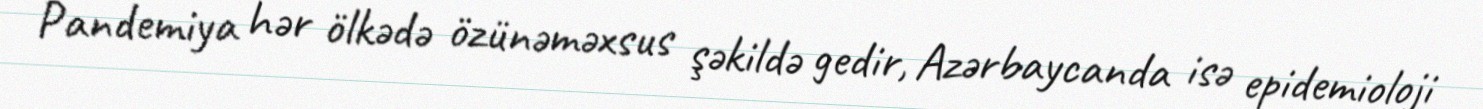
Pandemiya hər ölkədə özünəməxsus şəkildə gedir, Azərbaycanda isə epidemioloji